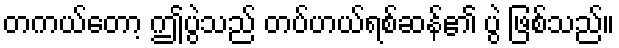
တကယ်တော့ ဤပွဲသည် တပ်ဟယ်ရစ်ဆန်၏ ပွဲ ဖြစ်သည်။